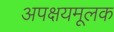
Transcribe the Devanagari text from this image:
अपक्षयमूलक